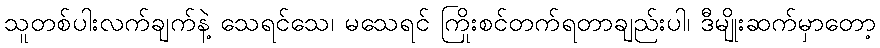
သူတစ်ပါးလက်ချက်နဲ့ သေရင်သေ၊ မသေရင် ကြိုးစင်တက်ရတာချည်းပါ၊ ဒီမျိုးဆက်မှာတော့